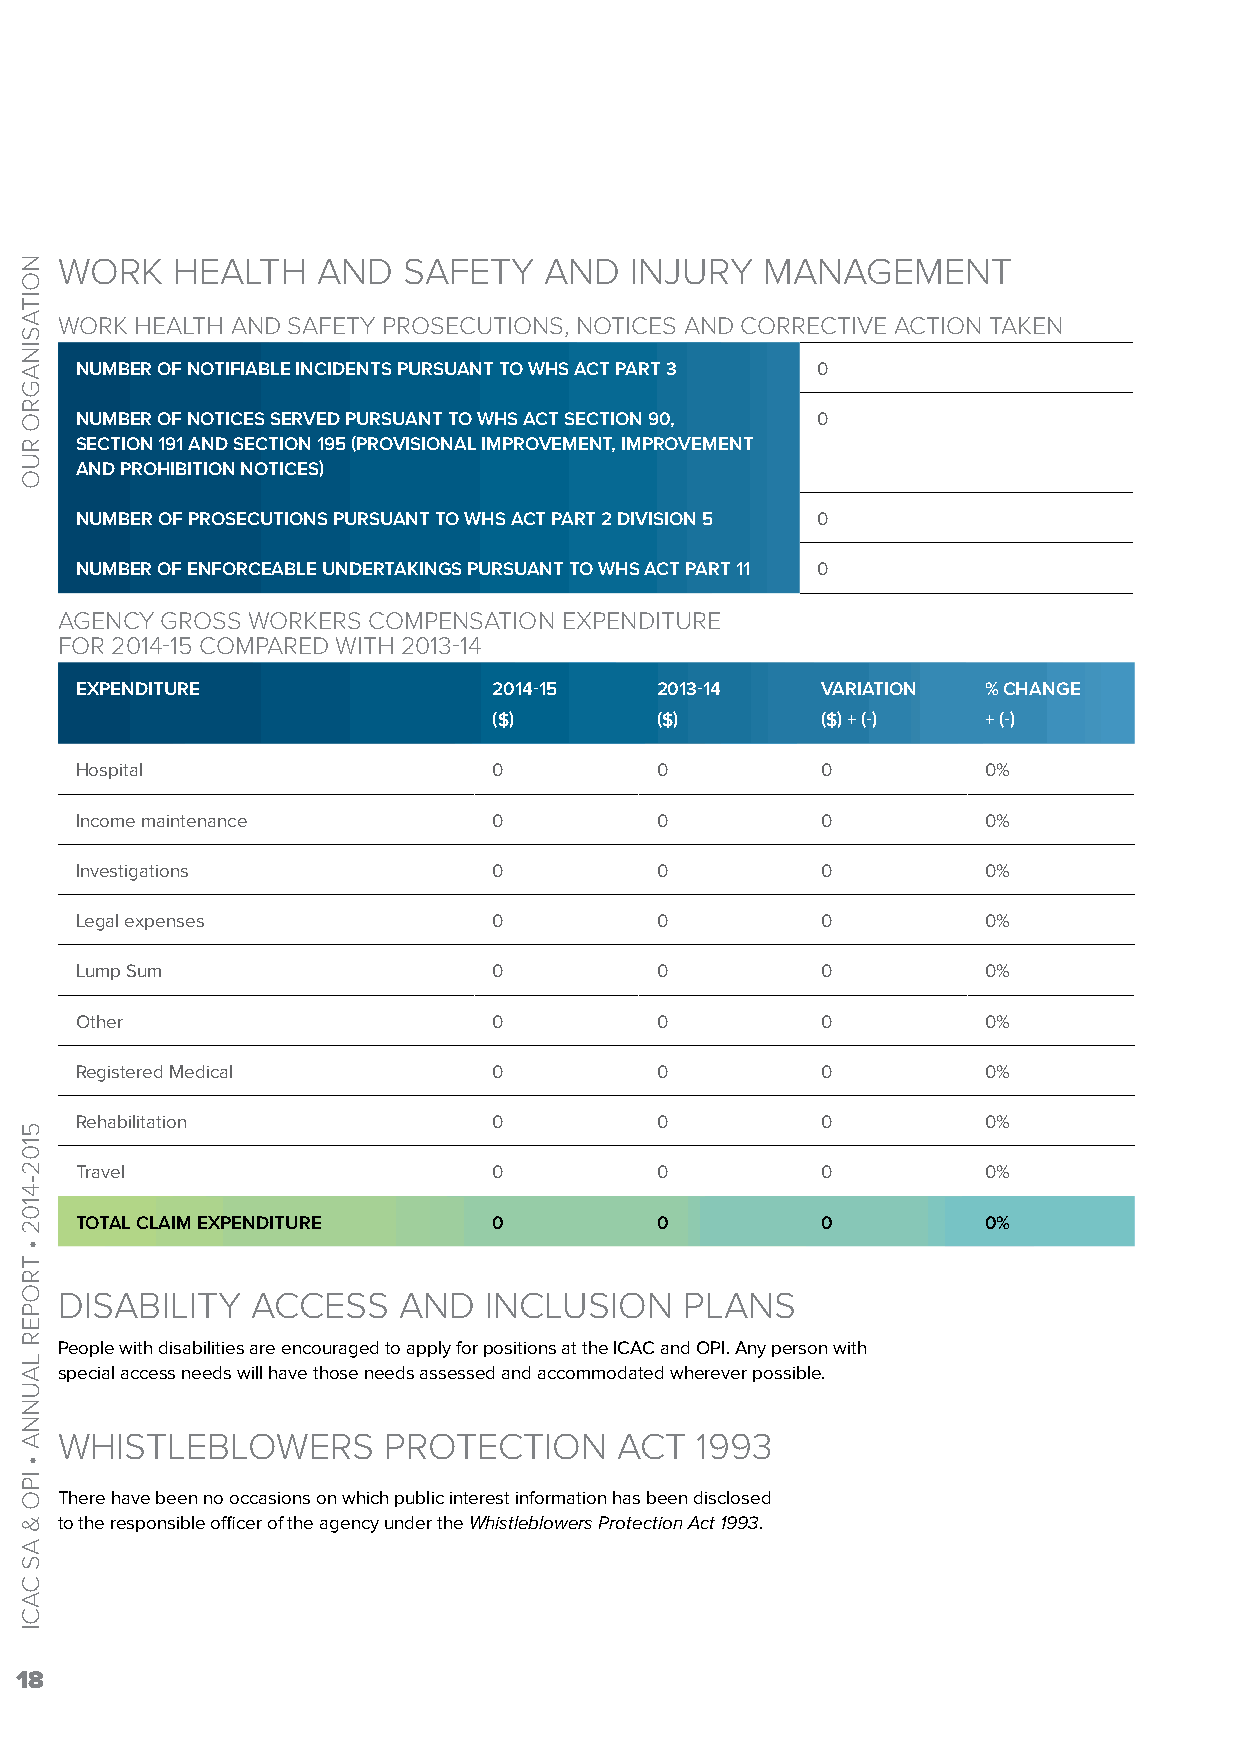
WORK   HEALTH    AND   SAFETY   AND   INJURY   MANAGEMENT
 WORK HEALTH AND SAFETY PROSECUTIONS, NOTICES AND CORRECTIVE ACTION TAKEN
 NUMBER OF NOTIFIABLE INCIDENTS PURSUANT TO WHS ACT PART 3 0
 NUMBER OF NOTICES SERVED PURSUANT TO WHS ACT SECTION 90, 0
 SECTION 191 AND SECTION 195 (PROVISIONAL IMPROVEMENT, IMPROVEMENT
 AND PROHIBITION NOTICES)
 NUMBER OF PROSECUTIONS PURSUANT TO WHS ACT PART 2 DIVISION 5 0
 NUMBER OF ENFORCEABLE UNDERTAKINGS PURSUANT TO WHS ACT PART 11 0
 AGENCY GROSS WORKERS COMPENSATION EXPENDITURE
 FOR 2014-15 COMPARED WITH 2013-14
 EXPENDITURE                 2014-15   2013-14    VARIATION  % CHANGE
 ($)       ($)        ($) + (-)  + (-)
 Hospital                    0         0          0          0%
 Income maintenance          0         0          0          0%
 Investigations              0         0          0          0%
 Legal expenses              0         0          0          0%
 Lump Sum                    0         0          0          0%
 Other                       0         0          0          0%
 Registered Medical          0         0          0          0%
 Rehabilitation              0         0          0          0%
 Travel                      0         0          0          0%
 TOTAL CLAIM EXPENDITURE     0         0          0          0%
 DISABILITY   ACCESS   AND   INCLUSION    PLANS
 People with disabilities are encouraged to apply for positions at the ICAC and OPI. Any person with
 special access needs will have those needs assessed and accommodated wherever possible.
 WHISTLEBLOWERS       PROTECTION      ACT  1993
 There have been no occasions on which public interest information has been disclosed
 to the responsible officer of the agency under the Whistleblowers Protection Act 1993.
 18
 NOITASINAGRO
 RUO
 5102-4102
 •
 TROPER
 LAUNNA
 •
 IPO
 &
 AS
 CACI